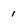
Character: 1